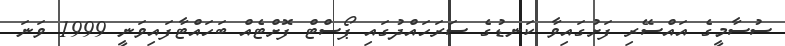
ސުސާމީގެ އައްސޭރި ފަށުގައިވާ ކަނޑުގެ ސަރަހައްދުގައި ޕޯސްޓް ފޮށްޓެއް ބަހައްޓާފައިވަނީ 1999 ވަނަ